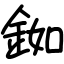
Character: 銣